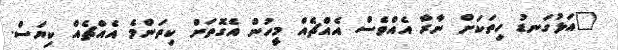
"އަޅުގަނޑު ހިތަކަށް ނާރާ އެއްވެސް އެއްޗެއް މީހުން އެގޮތަށް ކިތަންމެ އެއްޗެއް ކިޔަސް.